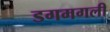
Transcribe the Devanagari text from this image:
डगमगली